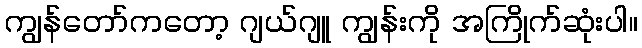
ကျွန်တော်ကတော့ ဂျယ်ဂျူ ကျွန်းကို အကြိုက်ဆုံးပါ။